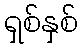
ရှစ်နှစ်